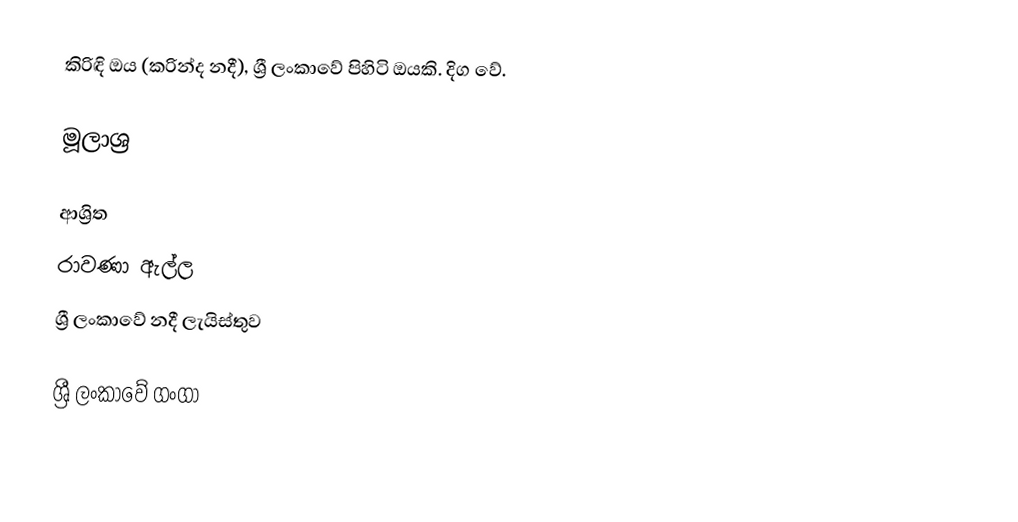
කිරිඳි ඔය (කරින්ද නදී), ශ්‍රී ලංකාවේ පිහිටි ඔයකි. දිග  වේ.

මූලාශ්‍ර

ආශ්‍රිත
 රාවණා ඇල්ල
 ශ්‍රී ලංකාවේ නදී ලැයිස්තුව

ශ්‍රී ලංකාවේ ගංගා